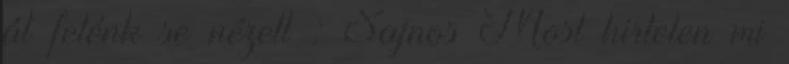
át felénk se nézett : Sajnos Most hirtelen mi